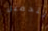
التحميل